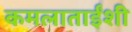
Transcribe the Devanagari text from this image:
कमलाताईंशी